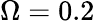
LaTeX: \Omega=0.2